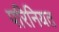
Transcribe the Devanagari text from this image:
परिनियत